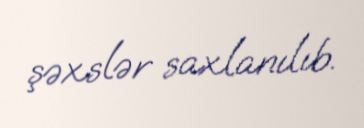
şəxslər saxlanılıb.